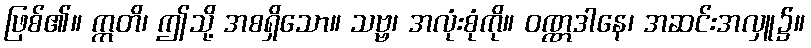
ဖြစ်၏။ ဣတိ၊ ဤသို့ အစရှိသော။ သဗ္ဗ၊ အလုံးစုံကို။ ဝဏ္ဏဒါနေ၊ အဆင်းအလှူ၌။